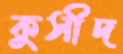
কুসীদ